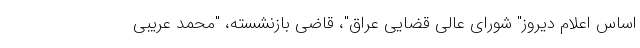
اساس اعلام دیروز" شورای عالی قضایی عراق"، قاضی بازنشسته، "محمد عریبی